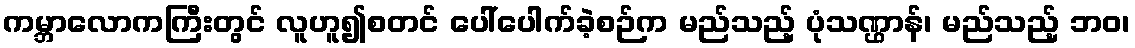
ကမ္ဘာလောကကြီးတွင် လူဟူ၍စတင် ပေါ်ပေါက်ခဲ့စဉ်က မည်သည့် ပုံသဏ္ဌာန်၊ မည်သည့် ဘဝ၊